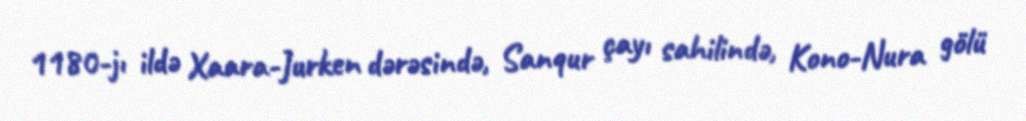
1180-jı ildə Xaara-Jurken dərəsində, Sanqur çayı sahilində, Kono-Nura gölü